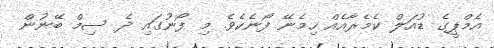
އެމްޕީގެ ޑުއަލް ކެމެރާއެއް ހިމެނޭ ފޯނެކެވެ. މި ފޯނުގައި ދެ ސިމް ބޭނުން